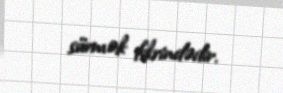
sürmək fikrindədir.